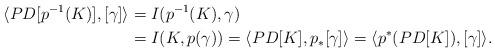
LaTeX: \begin{align*}\langle PD[p^{-1}(K)], [\gamma] \rangle & = I(p^{-1}(K),\gamma) \\&=I(K,p(\gamma)) = \langle PD[K], p_*[\gamma] \rangle =\langle p^*(PD[K]), [\gamma] \rangle.\end{align*}